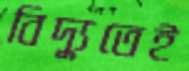
বিদ্যুতেই